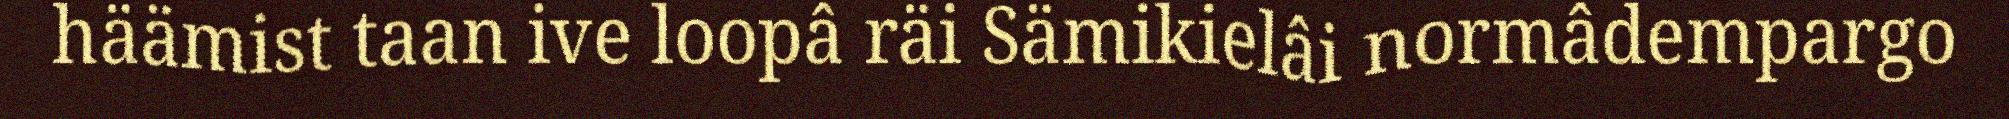
häämist taan ive loopâ räi Sämikielâi normâdempargo